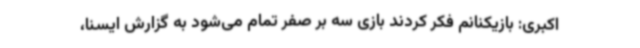
اکبری: بازیکنانم فکر کردند بازی سه بر صفر تمام می‌شود به گزارش ایسنا،